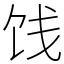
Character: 饯